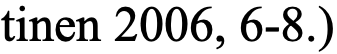
tinen 2006, 6-8.)